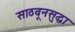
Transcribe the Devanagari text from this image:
साठवूनसुद्धा